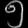
Digit: ၅